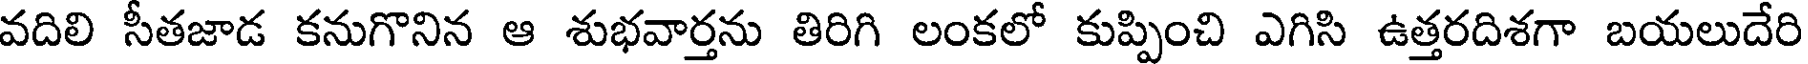
వదిలి సీతజాడ కనుగొనిన ఆ శుభవార్తను తిరిగి లంకలో కుప్పించి ఎగిసి ఉత్తరదిశగా బయలుదేరి